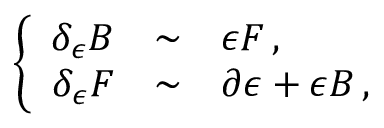
\left\{ \begin{array} { r c l } { { \delta _ { \epsilon } B } } & { { \sim } } & { { \epsilon F \, , } } \\ { { \delta _ { \epsilon } F } } & { { \sim } } & { { \partial \epsilon + \epsilon B \, , } } \end{array} \right.